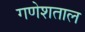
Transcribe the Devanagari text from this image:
गणेशताल